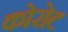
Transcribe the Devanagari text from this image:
कोरोट